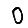
Digit: 0